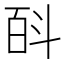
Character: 㪶